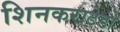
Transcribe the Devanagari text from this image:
शिनकराटेडो